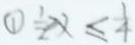
\textcircled { 1 } \frac { 1 } { 2 } x \leq \frac { 1 } { 4 }